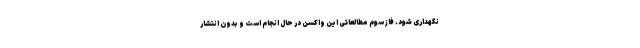
نگهداری شود. فاز سوم مطالعاتی این واکسن در حال انجام است و بدون انتشار